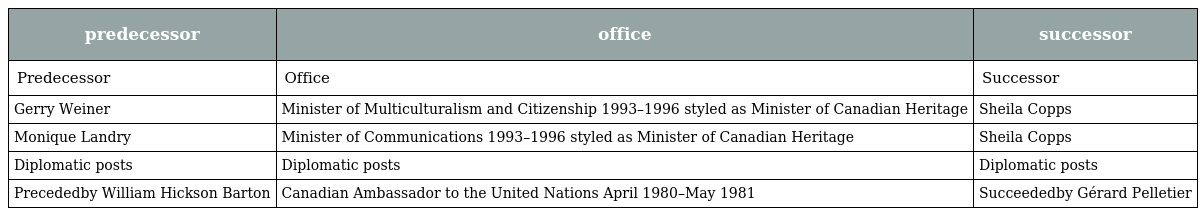
| predecessor | office | successor |
 | --- | --- | --- |
 | Predecessor | Office | Successor |
 | Gerry Weiner | Minister of Multiculturalism and Citizenship 1993–1996 styled as Minister of Canadian Heritage | Sheila Copps |
 | Monique Landry | Minister of Communications 1993–1996 styled as Minister of Canadian Heritage | Sheila Copps |
 | Diplomatic posts | Diplomatic posts | Diplomatic posts |
 | Precededby William Hickson Barton | Canadian Ambassador to the United Nations April 1980–May 1981 | Succeededby Gérard Pelletier |